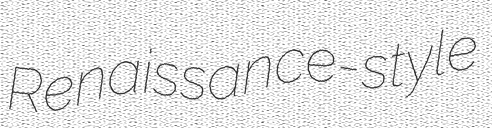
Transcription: Renaissance-style